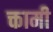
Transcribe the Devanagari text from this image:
क्तामी